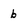
Character: b